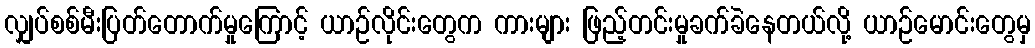
လျှပ်စစ်မီးပြတ်တောက်မှုကြောင့် ယာဉ်လိုင်းတွေက ကားများ ဖြည့်တင်းမှုခက်ခဲနေတယ်လို့ ယာဉ်မောင်းတွေမှ